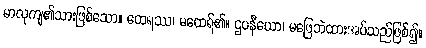
မာလုကျ၏သားဖြစ်သော။ ထေရဿ၊ မထေရ်၏။ ဌပနီယော၊ မဖြေဘဲထားအပ်သည်ဖြစ်၍။